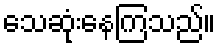
သေဆုံးနေကြသည်။